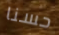
حسنا